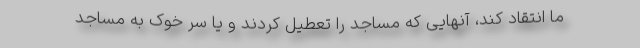
ما انتقاد کند، آنهایی که مساجد را تعطیل کردند و یا سر خوک به مساجد